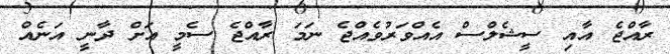
ރާއްޖެ އާއި ސީޝެލްސް އެއްވަރުވެއްޖެ ނަމަ ރާއްޖެ ސެމީ އަށް ދާނީ އަނެއް